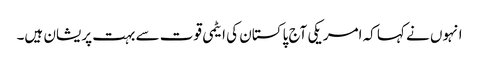
انہوں نے کہا کہ امریکی آج پاکستان کی ایٹمی قوت سے بہت پریشان ہیں۔